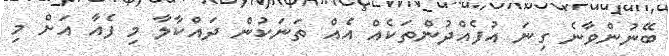
ބޭނުންވާނެ ގިނަ އުފެއްދުންތަކެއް އެއް ތަނަކުން ދައްކާލާ މި ފެއާ އަށް މި